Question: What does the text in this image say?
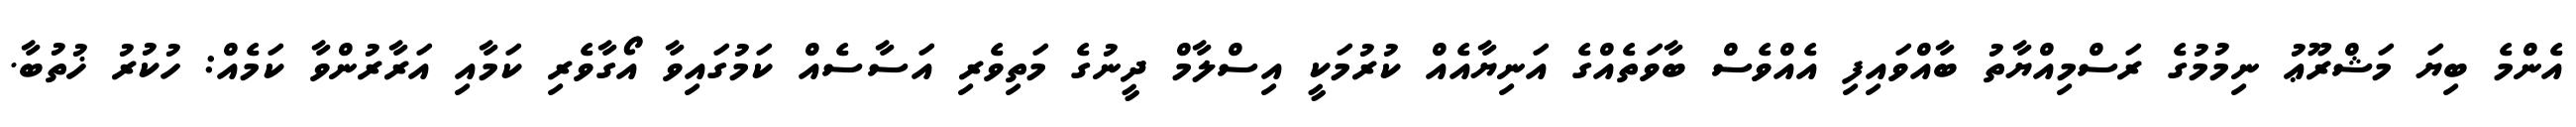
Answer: އެންމެ ބިޔަ މަޝްރޫޢު ނިމުމުގެ ރަސްމިއްޔާތު ބާއްވައިފި އެއްވެސް ބާވަތެއްގެ އަނިޔާއެއް ކުރުމަކީ އިސްލާމް ދީނުގެ މަތިވެރި އަސާސެއް ކަމުގައިވާ އޯގާވެރި ކަމާއި އަރާރުންވާ ކަމެއް: ހުކުރު ޚުތުބާ.